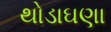
થોડાઘણા